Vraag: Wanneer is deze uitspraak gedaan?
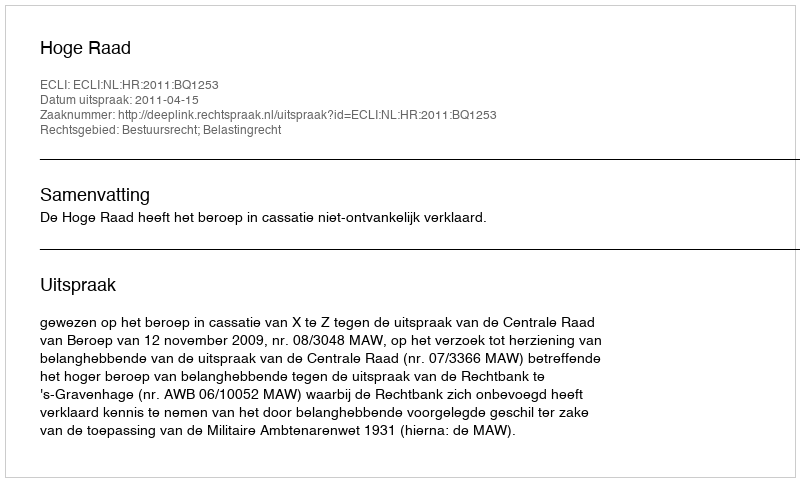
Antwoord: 2011-04-15